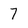
Character: 7